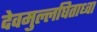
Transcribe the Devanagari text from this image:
देवमुल्लघिताध्वा